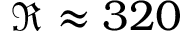
\Re \approx 3 2 0